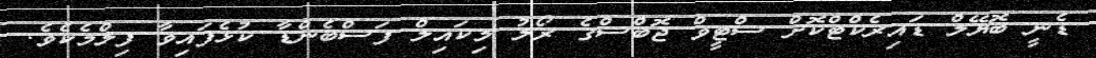
ޑެނީ ބޮޔޭލް ޑައިރެކްޓްކޮށް ސްޓީވް ޖޮބްސްގެ ރޯލު މިކައިލް ފަސްބެންޑާ ކުޅެފައިވާ ފިލްމެކެވެ.